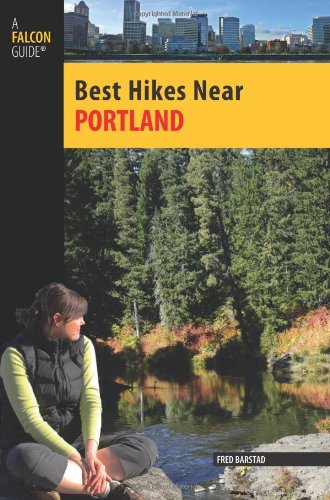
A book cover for Best Hikes Near Portland (Best Hikes Near Series); Fred Barstad; Travel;